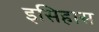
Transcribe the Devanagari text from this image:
इसिहास